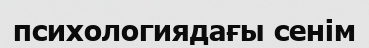
психологиядағы сенім